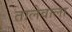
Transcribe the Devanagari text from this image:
तालेवाला